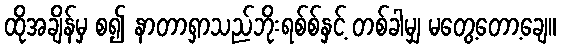
ထိုအချိန်မှ စ၍ နာတာရှာသည်ဘိုးရစ်စ်နှင့် တစ်ခါမျှ မတွေ့တော့ချေ။